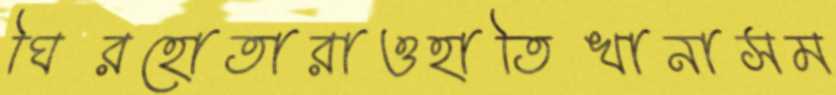
ঘিরহোতারাওহাতিখানাসম